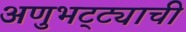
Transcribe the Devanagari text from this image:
अणुभट्ट्याची